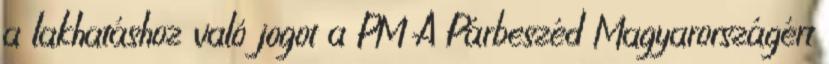
a lakhatáshoz való jogot a PM A Párbeszéd Magyarországért